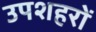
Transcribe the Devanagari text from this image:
उपशहरों